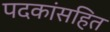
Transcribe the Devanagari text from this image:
पदकांसहित